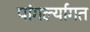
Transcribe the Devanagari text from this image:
पांगर्ल्यागत